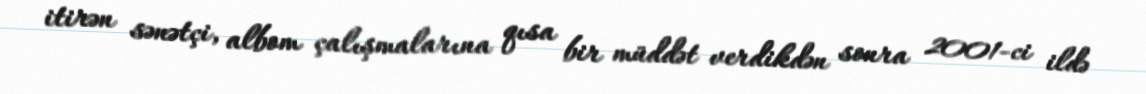
itirən sənətçi, albom çalışmalarına qısa bir müddət verdikdən sonra 2001-ci ildə